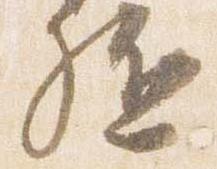
駈